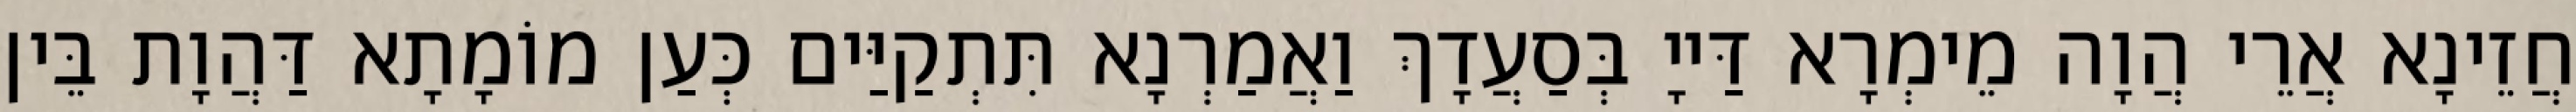
חֲזֵינָא אֲרֵי הֲוָה מֵימְרָא דַּייָ בְּסַעֲדָךְ וַאֲמַרְנָא תִּתְקַיַּים כְּעַן מוֹמָתָא דַּהֲוָת בֵּין